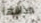
مذاقها